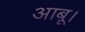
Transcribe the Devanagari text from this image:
आबू।